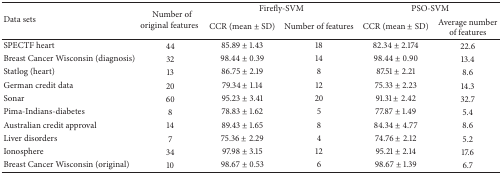
<table><thead><tr><td rowspan="2"><b>Data sets</b></td><td rowspan="2"><b><i></i>Number of original features</b></td><td colspan="2"><b>Firefly-SVM</b></td><td colspan="2"><b>PSO-SVM</b></td></tr><tr><td><b>CCR (mean ± SD)</b></td><td><b>Number of features</b></td><td><b>CCR (mean ± SD)</b></td><td><b>Average number of features</b></td></tr></thead><tbody><tr><td>SPECTF heart</td><td>44</td><td>85.89 ± 1.43</td><td>18</td><td>82.34 ± 2.174</td><td>22.6</td></tr><tr><td>Breast Cancer Wisconsin (diagnosis)</td><td>32</td><td>98.44 ± 0.39</td><td>14</td><td>98.44 ± 0.90</td><td>13.4</td></tr><tr><td>Statlog (heart)</td><td>13</td><td>86.75 ± 2.19</td><td>8</td><td>87.51 ± 2.21</td><td>8.6</td></tr><tr><td>German credit data</td><td>20</td><td>79.34 ± 1.14</td><td>12</td><td>75.33 ± 2.23</td><td>14.3</td></tr><tr><td>Sonar</td><td>60</td><td>95.23 ± 3.41</td><td>20</td><td>91.31 ± 2.42</td><td>32.7</td></tr><tr><td>Pima-Indians-diabetes</td><td>8</td><td>78.83 ± 1.62</td><td>5</td><td>77.87 ± 1.49</td><td>5.4</td></tr><tr><td>Australian credit approval</td><td>14</td><td>89.43 ± 1.65</td><td>8</td><td>84.34 ± 4.77</td><td>8.6</td></tr><tr><td>Liver disorders</td><td>7</td><td>75.36 ± 2.29</td><td>4</td><td>74.76 ± 2.12</td><td>5.2</td></tr><tr><td>Ionosphere</td><td>34</td><td>97.98 ± 3.15</td><td>12</td><td>95.21 ± 2.14</td><td>17.6</td></tr><tr><td>Breast Cancer Wisconsin (original)</td><td>10</td><td>98.67 ± 0.53</td><td>6</td><td>98.67 ± 1.39</td><td>6.7</td></tr></tbody></table>